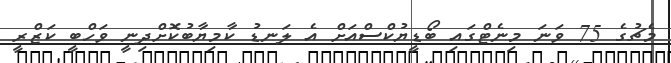
މެޗުގެ 75 ވަނަ މިނެޓްގައި ބޯޑީޔުކްސްއަށް އެ ލަނޑު ކާމިޔާބުކޮށްދިނީ ވަހްބީ ކަޒްރީ